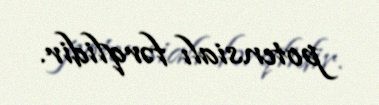
potensialı fərqlidir.